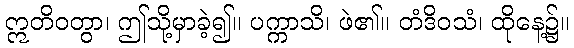
ဣတိဝတွာ၊ ဤသို့မှာခဲ့၍။ ပက္ကာသိ၊ ဖဲ၏။ တံဒိဝသံ၊ ထိုနေ့၌။